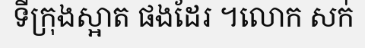
ទីក្រុងស្អាត ផងដែរ ។លោក សក់